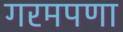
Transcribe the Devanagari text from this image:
गरमपणा